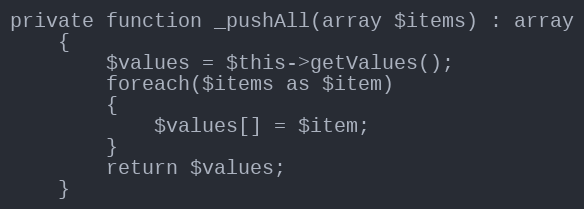
Language: PHP
private function _pushAll(array $items) : array
    {
        $values = $this->getValues();
        foreach($items as $item)
        {
            $values[] = $item;
        }
        return $values;
    }